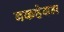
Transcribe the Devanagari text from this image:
बकहेवन